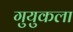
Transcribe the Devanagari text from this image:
गुयुकला